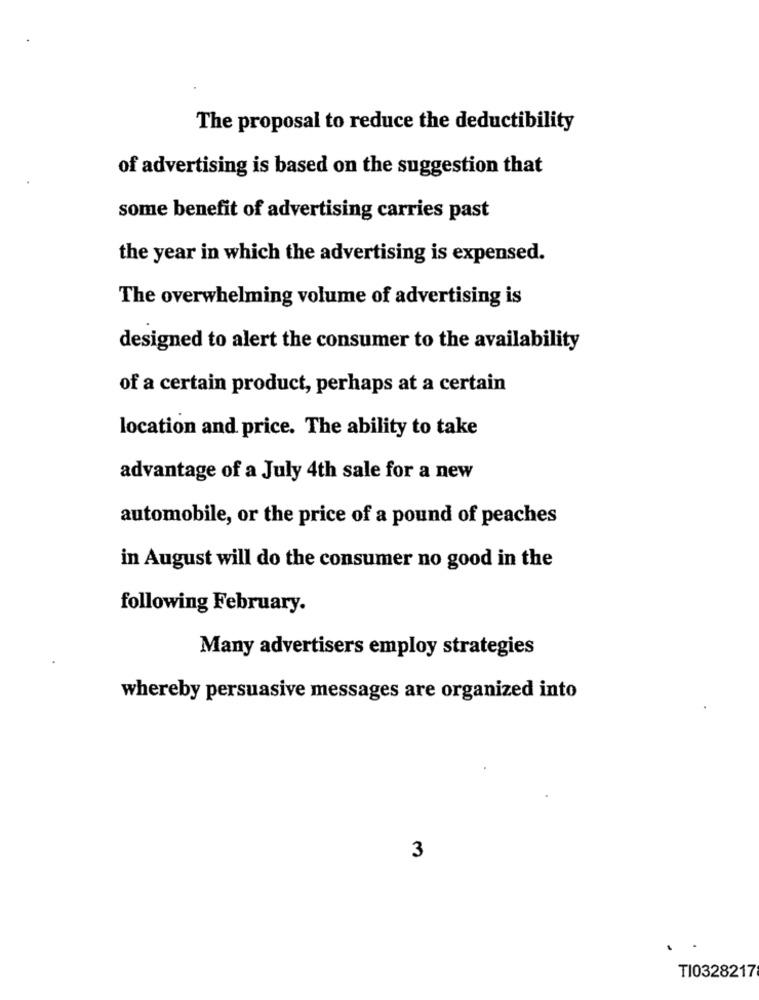
The proposal to reduce the deductibility
of advertising is based on the suggestion that
some benefit of advertising carries past
the year in which the advertising is expensed.
The overwhelming volume of advertising is
designed to alert the consumer to the availability
of a certain product, perhaps at a certain
location and price. The ability to take
advantage of a July 4th sale for a new
automobile, or the price of a pound of peaches
in August will do the consumer no good in the
following February.
Many advertisers employ strategies
whereby persuasive messages are organized into
3
TI0328217